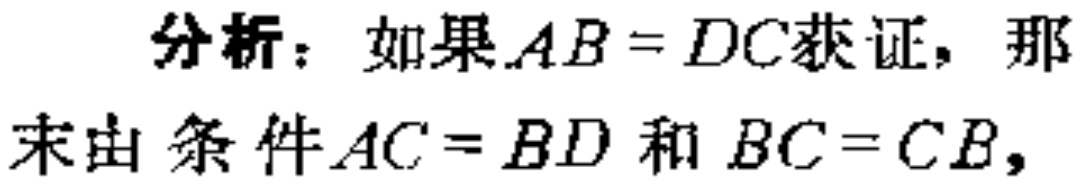
分析：如果\(AB = DC\)获证，那

末由条件\(AC = BD\)和\(BC = CB\)，